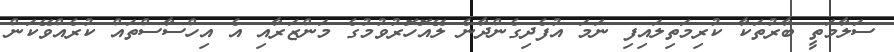
ސަލާމަތީ ބާރުތަކާ ކުރިމަތިލައިފި ނަމަ އުފެދިގެންދާނެ ލޭއޮހޮރުވުމުގެ މަންޒަރާއި އެ އިހްސާސްތައް ކުރެއްވޭކަން